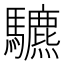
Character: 䮽